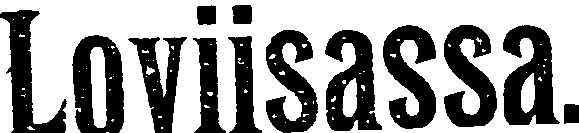
Loviisassa.